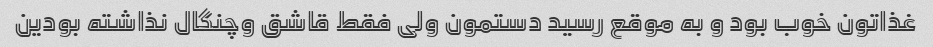
غذاتون خوب بود و به موقع رسید دستمون ولی فقط قاشق وچنگال نذاشته بودین